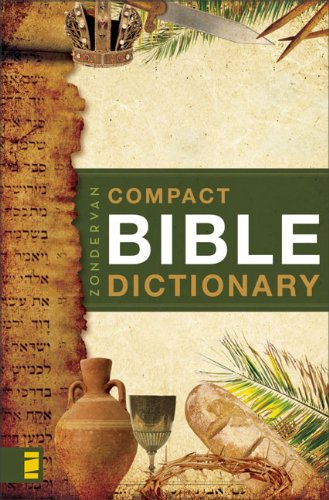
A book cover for Zondervan's Compact Bible Dictionary; T. Alton Bryant; Christian Books & Bibles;